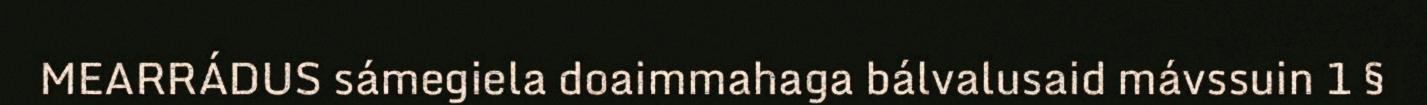
MEARRÁDUS sámegiela doaimmahaga bálvalusaid mávssuin 1 §